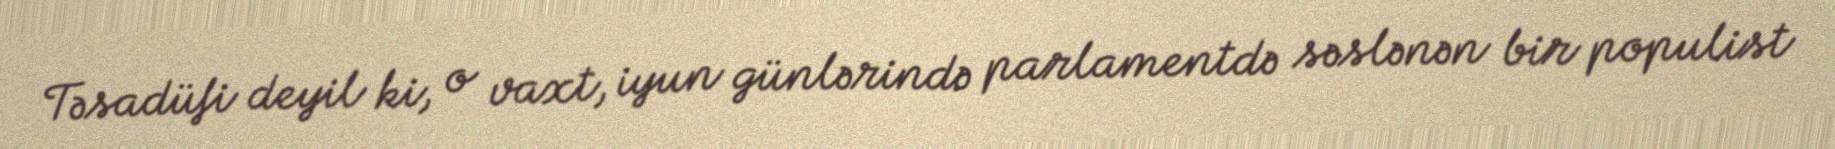
Təsadüfi deyil ki, o vaxt, iyun günlərində parlamentdə səslənən bir populist